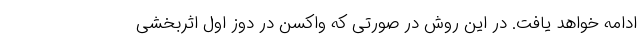
ادامه خواهد یافت. در این روش در صورتی که واکسن در دوز اول اثربخشی